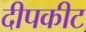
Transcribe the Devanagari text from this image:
दीपकीट